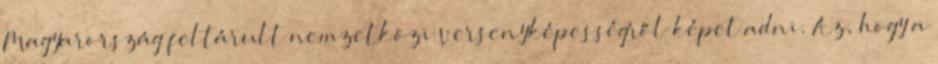
Magyarország feltárult nemzetközi versenyképességről képet adni. Az, hogy a